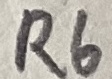
Text: R6